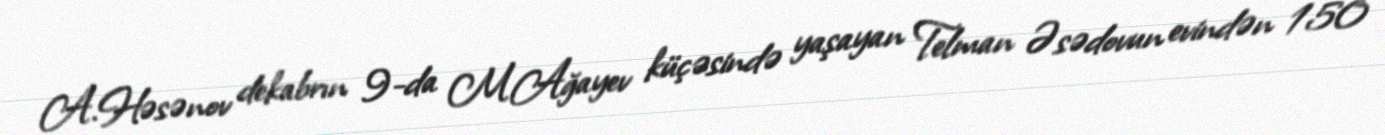
A.Həsənov dekabrın 9-da M.Ağayev küçəsində yaşayan Telman Əsədovun evindən 150